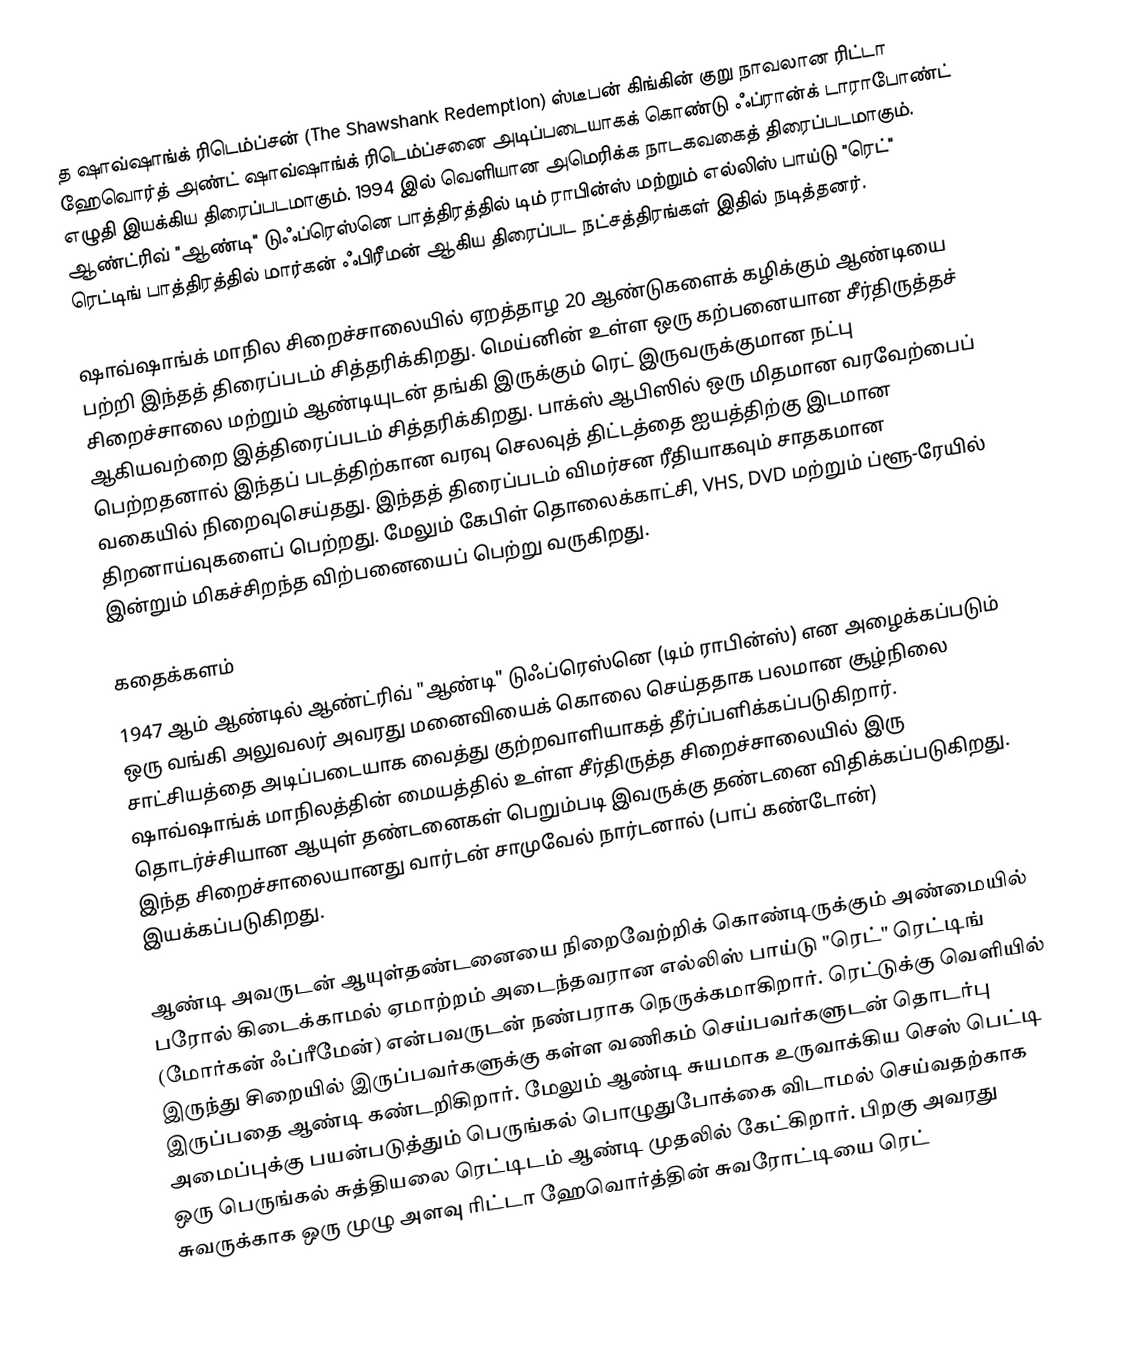
த ஷாவ்ஷாங்க் ரிடெம்ப்சன் (The Shawshank Redemption) ஸ்டீபன் கிங்கின் குறு நாவலான ரிட்டா ஹேவொர்த் அண்ட் ஷாவ்ஷாங்க் ரிடெம்ப்சனை அடிப்படையாகக் கொண்டு ஃப்ரான்க் டாராபோண்ட் எழுதி இயக்கிய திரைப்படமாகும். 1994 இல் வெளியான அமெரிக்க நாடகவகைத் திரைப்படமாகும். ஆண்ட்ரிவ் "ஆண்டி" டுஃப்ரெஸ்னெ பாத்திரத்தில் டிம் ராபின்ஸ் மற்றும் எல்லிஸ் பாய்டு "ரெட்" ரெட்டிங் பாத்திரத்தில் மார்கன் ஃபிரீமன் ஆகிய திரைப்பட நட்சத்திரங்கள் இதில் நடித்தனர்.

ஷாவ்ஷாங்க் மாநில சிறைச்சாலையில் ஏறத்தாழ 20 ஆண்டுகளைக் கழிக்கும் ஆண்டியை பற்றி இந்தத் திரைப்படம் சித்தரிக்கிறது. மெய்னின் உள்ள ஒரு கற்பனையான சீர்திருத்தச் சிறைச்சாலை மற்றும் ஆண்டியுடன் தங்கி இருக்கும் ரெட் இருவருக்குமான நட்பு ஆகியவற்றை இத்திரைப்படம் சித்தரிக்கிறது. பாக்ஸ் ஆபிஸில் ஒரு மிதமான வரவேற்பைப் பெற்றதனால் இந்தப் படத்திற்கான வரவு செலவுத் திட்டத்தை ஐயத்திற்கு இடமான வகையில் நிறைவுசெய்தது. இந்தத் திரைப்படம் விமர்சன ரீதியாகவும் சாதகமான திறனாய்வுகளைப் பெற்றது. மேலும் கேபிள் தொலைக்காட்சி, VHS, DVD மற்றும் ப்ளூ-ரேயில் இன்றும் மிகச்சிறந்த விற்பனையைப் பெற்று வருகிறது.

கதைக்களம்
1947 ஆம் ஆண்டில் ஆண்ட்ரிவ் "ஆண்டி" டுஃப்ரெஸ்னெ (டிம் ராபின்ஸ்) என அழைக்கப்படும் ஒரு வங்கி அலுவலர் அவரது மனைவியைக் கொலை செய்ததாக பலமான சூழ்நிலை சாட்சியத்தை அடிப்படையாக வைத்து குற்றவாளியாகத் தீர்ப்பளிக்கப்படுகிறார். ஷாவ்ஷாங்க் மாநிலத்தின் மையத்தில் உள்ள சீர்திருத்த சிறைச்சாலையில் இரு தொடர்ச்சியான ஆயுள் தண்டனைகள் பெறும்படி இவருக்கு தண்டனை விதிக்கப்படுகிறது. இந்த சிறைச்சாலையானது வார்டன் சாமுவேல் நார்டனால் (பாப் கண்டோன்) இயக்கப்படுகிறது.

ஆண்டி அவருடன் ஆயுள்தண்டனையை நிறைவேற்றிக் கொண்டிருக்கும் அண்மையில் பரோல் கிடைக்காமல் ஏமாற்றம் அடைந்தவரான எல்லிஸ் பாய்டு "ரெட்" ரெட்டிங் (மோர்கன் ஃப்ரீமேன்) என்பவருடன் நண்பராக நெருக்கமாகிறார். ரெட்டுக்கு வெளியில் இருந்து சிறையில் இருப்பவர்களுக்கு கள்ள வணிகம் செய்பவர்களுடன் தொடர்பு இருப்பதை ஆண்டி கண்டறிகிறார். மேலும் ஆண்டி சுயமாக உருவாக்கிய செஸ் பெட்டி அமைப்புக்கு பயன்படுத்தும் பெருங்கல் பொழுதுபோக்கை விடாமல் செய்வதற்காக ஒரு பெருங்கல் சுத்தியலை ரெட்டிடம் ஆண்டி முதலில் கேட்கிறார். பிறகு அவரது சுவருக்காக ஒரு முழு அளவு ரிட்டா ஹேவொர்த்தின் சுவரோட்டியை ரெட்